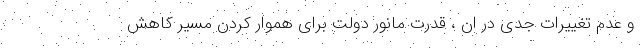
و عدم تغییرات جدی در ان ، قدرت مانور دولت برای هموار کردن مسیر کاهش